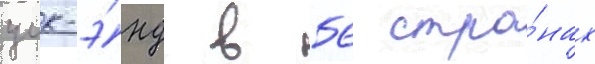
уик-э́нд в 56 стра́нах